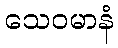
သေဝမာနံ